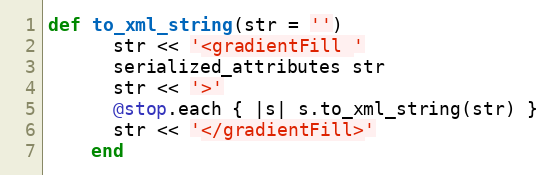
Language: Ruby
def to_xml_string(str = '')
      str << '<gradientFill '
      serialized_attributes str
      str << '>'
      @stop.each { |s| s.to_xml_string(str) }
      str << '</gradientFill>'
    end